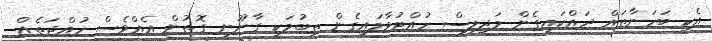
އެކި ބަހަނާތައް ދައްކައިގެން މަޖިލިސް ހުއްޓުވާލައިގެން ތިބުމަކީ ގާނޫނީ ގޮތުން އެއްވެސް ހުއްޖަތެއް